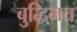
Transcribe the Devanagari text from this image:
बुद्धिमत